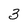
Character: 3